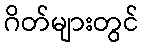
ဂိတ်များတွင်